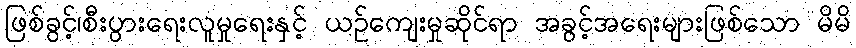
ဖြစ်ခွင့်၊စီးပွားရေးလူမှုရေးနှင့် ယဉ်ကျေးမှုဆိုင်ရာ အခွင့်အရေးများဖြစ်သော မိမိ